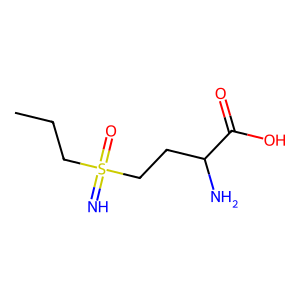
SMILES: CCCS(=N)(=O)CCC(N)C(=O)O
Inhibits HIV replication: No